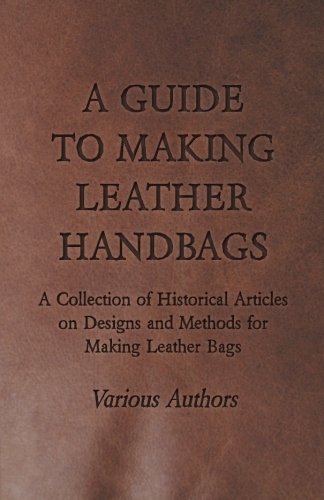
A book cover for A Guide to Making Leather Handbags - A Collection of Historical Articles on Designs and Methods for Making Leather Bags; Various; Crafts, Hobbies & Home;